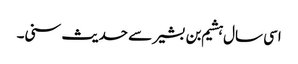
اسی سال ہشیم بن بشیر سے حدیث سنی۔